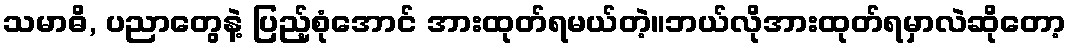
သမာဓိ, ပညာတွေနဲ့ ပြည့်စုံအောင် အားထုတ်ရမယ်တဲ့။ဘယ်လိုအားထုတ်ရမှာလဲဆိုတော့